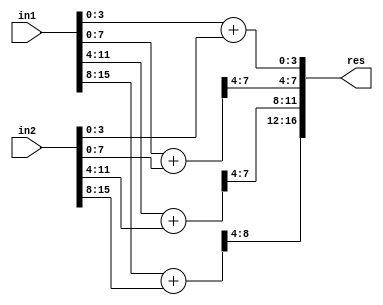
`timescale 1ns / 1ps
//////////////////////////////////////////////////////////////////////////////////
// Company: 
// Engineer: 
// 
// Design Name: 
// Module Name:    ETAII_N16_Q8 
// Project Name: 
// Target Devices: 
// Tool versions: 
// Description: 
//
// Dependencies: 
//
// Revision: 
// Revision 0.01 - File Created
// Additional Comments: 
//
//////////////////////////////////////////////////////////////////////////////////
module ETAII_N16_Q8(
    input [15:0] in1,
    input [15:0] in2,
    output [16:0] res
    );

wire [4:0] temp1;
wire [8:0] temp2,temp3,temp4;

assign temp1[4:0] = in1[ 3:0] + in2[ 3:0];
assign temp2[8:0] = in1[ 7:0] + in2[ 7:0];
assign temp3[8:0] = in1[11:4] + in2[11:4];
assign temp4[8:0] = in1[15:8] + in2[15:8];

assign res[16:0] = {temp4[8:4],temp3[7:4],temp2[7:4],temp1[3:0]};

endmodule